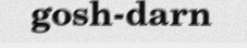
gosh-darn